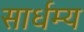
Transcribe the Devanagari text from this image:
सार्धम्य